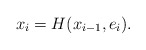
\begin{align*}x_i=H(x_{i-1},e_i).\end{align*}